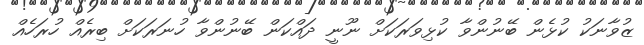
ޒުވާނަކު ކުޅެން ބޭނުންވާ ކުޅިވަރަކަށް ނޫނީ ދައްކަން ބޭނުންވާ ހުނަރަކަށް ބިރެއް ހުރަހެއް